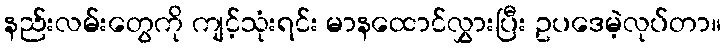
နည်းလမ်းတွေကို ကျင့်သုံးရင်း မာနထောင်လွှားပြီး ဥပဒေမဲ့လုပ်တာ။